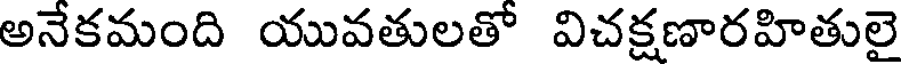
అనేకమంది యువతులతో విచక్షణారహితులై